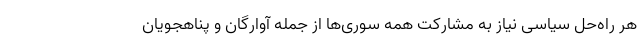
هر راه‌حل سیاسی نیاز به مشارکت همه سوری‌ها از جمله آوارگان و پناهجویان